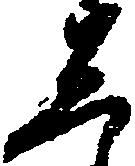
し